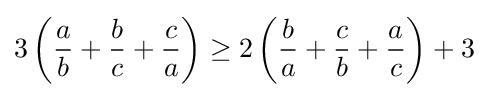
3\left({\frac {a}{b}}+{\frac {b}{c}}+{\frac {c}{a}}\right)\geq 2\left({\frac {b}{a}}+{\frac {c}{b}}+{\frac {a}{c}}\right)+3